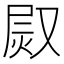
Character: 𤈫